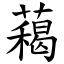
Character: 藒